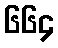
၆၆၄